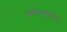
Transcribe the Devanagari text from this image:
समीरकुमारा।